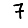
Digit: 7